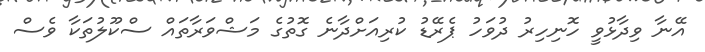
އޭނާ ވިދާޅުވީ ހޮނިހިރު ދުވަހު ޕެރޭޑު ކުރިއަށްދާނެ ގޮތުގެ މަޝްވަރާތައް ސްކޫލުތަކާ ވެސް